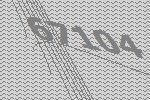
67104